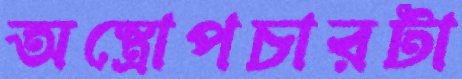
অস্ত্রোপচারটা